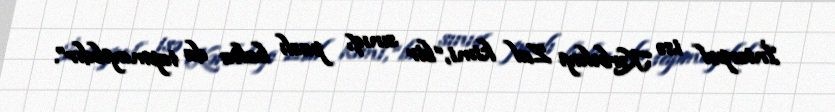
İnterpol isə Kərbəlayı Zal kimi, “bir sınıq, paslı balta da tapmayıbdır”.